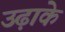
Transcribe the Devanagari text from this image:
उढ़ाके